[Report on the health of British troops in the Madras command]
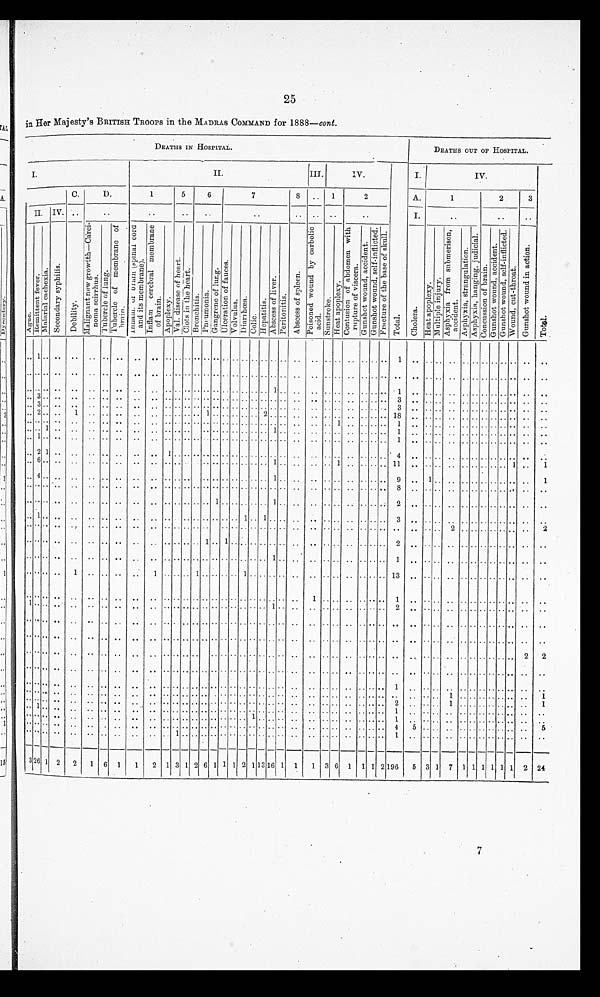
25
in Her Majesty's BRITISH TROOPS in the MADRAS COMMAND for 1888—cont.
D E A T H S I N H O S P I T A L .
I .
I I .
I I I .
I V .
T o t a l .
I . I V .
C .
D .
1
5
6
7
8 . . 1
2
A .
1
2
3
I I . I V .
. .
. .
. .
. .
. .
. .
. . . . . .
. .
I .
. .
. .
. .
A g u e .
R e m i t t e n t f e v e r .
M a l a r i a l c a c h e x i a .
S e c o n d a r y s y p h i l i s .
D e b i l i t y .
M a l i g n a n t n e w g r o w t t h — C a r c i - n o m a s c i r r h u s .
T u b e r c l e o f l u n g .
T u b e r c l e o f m e m b r a n e o f b r a i n . I n f l a m . o r b r a i n ( s p i n a l c o r d a n d i t s m e m b r a n e ) . I n f l a m c e r c b r a l m e m b r a n e o f b r a i n .
A p o p l e x y .
V a l . d i s e a s e o f h e a r t .
C l o t s i n t h e h e a r t .
B r o n c h i t i s .
P n e u m o n i a .
G a n g r e n e o f l u n g .
U l c e r a t i o n o f f a u c e s .
V o l v u l u s . D i a r r h œ a .
C o l i c .
H e p a t i t i s .
A b s c e s s o f l i v e r .
P e r i t o n i t i s .
A b s c e s s o f s p l e e n .
P o i s o n e d w o u n d b y c a r b o l i c a c i d .
S u n s t r o k e .
H e a t a p o p l e x y .
C o n t u s i o n o f a b d o m e n w i t h r u p t u r e o f v i s c e r a .
G u n s h o t w o u n d , a c c i d e n t .
G u n s h o t w o u n d , s e l f - i n f l i c t e d . F r a c t u r e o f t h e b a s e o f s k u l l .
C h o l e r a .
H e a t a p o p l e x y .
M u l t i p l e i n j u r y .
A s p h y x i a f r o m s u b m e r i s o n , a c c i d e n t .
A s p h y x i a , s t r a n g u l a t i o n .
A s p h y x i a , h a n g i n g , j u d i c i a l .
C o n c u s s i o n o f b r a i n . C o n c u s s i o n w o u n d , a c c i d e n t .
G u n s h o t w o u n d , s e l f - i n f l i c t e d .
W o u n d , c u t - t h r o a t .
G u n s h o t w o u n d i n a c t i o n .
. . 1 . . . . . . . . . . . . . . . . . . . . . . . . . . . . . . . . . . . . . . . . . . . . . . . . . . . . . . . . . . 1 . . . . . . . . . . . . . . . . . . . . . .
. . . . . . . . . . . . . . . . . . . . . . . . . . . . . . . . . . . . . . . . . . . . . . . . . . . . . . . . . . . . . . . . . . . . . . . . . . . . . . . . . . . . . .
. . . . . . . . . . . . . . . . . . . . . . . . . . . . . . . . . . . . . . . . . . 1 . . . . . . . . . . . . . . . . . . 1 . . . . . . . . . . . . . . . . . . . . . .
. . 3 . . . . . . . . . . . . . . . . . . . . . . . . . . . . . . . . . . . . . . . . . . . . . . . . . . . . . . . . . . 3 . . . . . . . . . . . . . . . . . . . . . .
. . 3 . . . . . . . . . . . . . . . . . . . . . . . . . . . . . . . . . . . . . . . . . . . . . . . . . . . . . . . . . . 3 . . . . . . . . . . . . . . . . . . . . . .
. . 2 . . . . 1 . . . . . . . . . . . . . . . . . . 1 . . . . . . . . . . 2 . . . . . . . . . . . . . . . . . . . . 1 8
. . . . . . . . . . . . . . . . . . . . . .
. . . . . . . . . . . . . . . . . . . . . . . . . . . . . . . . . . . . . . . . . . . . . . . . . . . . 1 . . . . . . . . 1
. . . . . . . . . . . . . . . . . . . . . .
. . . . 1 . . . . . . . . . . . . . . . . . . . . . . . . . . . . . . . . . . . . 1 . . . .
. . . . . . . . . . . . . . 1 . . . . . . . . . . . . . . . . . . . . . .
. . 1 . . . . . . . . . . . . . . . . . . . . . . . . . . . . . . . . . . . . . . . . . . . . . . . . . . . . . . . . . . 1 . . . . . . . . . . . . . . . . . . . . . .
. . 2 1 . . . . . . . . . . . . . . 1 . . . . . . . . . . . . . . . . . . . . . . . . . .
. . . . . . . . . . . . . . 4 . . . . . . . . . . . . . . . . . . . . . .
. . 6 . . . . . . . .
. . . . . . . . . . . . . . . . . . . . . . . . . . . . . . 1 . . . . . . . . 1 . . . . . . . . 1 1 . . . . . . . . . . . . . . . . . . 1 . .
. . 4 . . . . . . . . . . . . . . . . . . . . . . . . . . . . . . . . . . . . . . 1 . . . . . . . . . . . . . . . . . . 9 . . 1 . . . . . . . . . . . . . . . . . .
. . . . . . . . . . . . . . . . . . . . . . . . . . . . . . . . . . . . . . . . . . . . . . . . . . . . . . . . . . . . . . 8 . . . . . . . . . . . . . . . . . . . . . .
. . . . . . . . . . . . . . . . . . . . . . . . . . . . . . 1 . . . . . . . . . . 1 . . . . . . . . . . . . . . . . . . 2 . . . . . . . . . . . . . . . . . . . . . .
. . 1 . . . . . . . . . . . . . . . . . . . . . . . . . . . . . . . . 1 . . 1 . . . . . . . . . . . . . . . . . . . . 3 . . . . . . . . . . . . . . . . . . . . . .
. . . . . . . . . . . . . . . . . . . . . . . . . . . . . . . . . . . . . . . . . . . . . . . . . . . . . . . . . . . . . . . . . . . . . . 2 . . . . . . . . . . . . . .
. . . . . . . . . . . . . . . . . . . . . . . . . . . . 1 . . 1 . . . . . . . . . . . . . . . . . . . . . . . . . . . . . . 2 . . . . . . . . . . . . . . . . . . . . . .
. . . . . . . . . . . . . . . . . . . . . . . . . . . . . . . . . . . . . . . . . . 1 . .
. . . . . . . . . . . . . . . . 1 . . . . . . . . . . . . . . . . . . . . . .
. . . . . . . .
1 . . . . . .
. . 1 . . . . . . 1 . . . . . . . . 1 . . . . . . . . . . . . . . . . . . . . . . . . 1 3 . . . . . . . . . . . . . . . . . . . . . .
. . . . . . . . . . . . . . . . . . . . . . . . . . . . . . . . . . . . . . . . . . . . . . . . 1 . . . . . . . . . . . . 1 . . . . . . . . . . . . . . . . . . . . . .
1 . . . . . .
. . . . . . . .
. . . . . . . . . . . . . . . . . . . . . . . . . . 1 . . . . . . . . . . . . . . . . . . 2 . . . . . . . . . . . . . . . . . . . . . .
. . . . . . . . . . . . . . . . . . . . . . . . . . . . . . . . . . . . . . . . . . . . . . . . . . . . . . . . . . . . . . . . . . . . . . . . . . . . . . . . . . . . . .
. . . . . . . . . . . . . . . . . . . . . . . . . . . . . . . . . . . . . . . . . . . . . . . . . . . . . . . . . . . . . . . . . . . . . . . . . . . . . . . . . . . . . .
. . . . . . . . . . . . . . . . . .
. . . . . . . . . . . . . . . . . . . . . . . . . . . . . . . . . . . . . . . . . . . . . . . . . . . . . . . . . . . . . . . . . . 2
. . . . . . . . . . . . . . . . . . . . . . . . . . . . . . . . . . . . . . . . . . . . . . . . . . . . . . . . . . . . . . . . . . . . . . . . . . . . . . . . . . . . . .
. . . . . . . . . . . . . . . . . . . . . . . . . . . . . . . . . . . . . . . . . . . . . . . . . . . . . . . . . . . . . . 1 . . . . . . . . . . . . . . . . . . . . . .
. . . . . . . . . . . . . . . . . . . . . . . . . . . . . . . . . . . . . . . . . . . . . . . . . . . . . . . . . . . . . . . . . . . . . . 1 . . . . . . . . . . . . . .
. . . . . . . . . . . . . . . . . . . . . . . . . . . . . . . . . . . . . . . . . . . . . . . . . . . . . . . . . . . . . . 2 . .
. . . . 1 . . . . . . . . . . . . . .
. . 1 . . . . . . . . . . . . . . . . . . . . . . . . . . . . . . . . . . . . . . . . . . . . . . . . . . . . . . . . . . . . 1 . . . . . . . . . . . . . . . . . . . . . .
. . . . . . . . . . . . . . . . . . . . . . . . . . . . . . . . . . . . . . 1 . . . . . . . . . . . . . . . . . . . . . . 1 . .
. . . . . .
. . . . . . . . . . . . . .
. . . . . . . . . . . . . . . . . . . . . . . . . . . . . . . . . . . . . . . . . . . . . . . . . .
. . . . . .
. . . . . . 4 5 . . . . . . . . . . . . . . . . . . . .
. . . . . . . .
. . . .
. .
. .
. . . . . . 1 . . . . . . . .
. . . .
. .
. .
. . . .
. .
. . . . . . . .
. . . . . . . . 1 . . . . . . . . . . . . . . . . . . . . . .
3 2 6 1 2
2 1 6 1
1 2 1 3 1 2 6 1 1 1 2 1 1 3 1 6 1 1 1 3 6 1 1 1 2 1 9 6
5 3 1 7 1 1 1 1 1 1 2